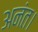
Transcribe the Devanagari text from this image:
अनंत।